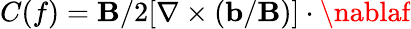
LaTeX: C(f)=\mathbf{B}/2[\nabla\times(\mathbf{{b}}/\mathbf{B})]\cdot\nablaf